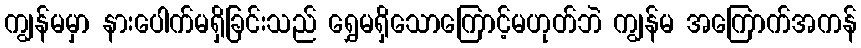
ကျွန်မမှာ နားပေါက်မရှိခြင်းသည် ရွှေမရှိသောကြောင့်မဟုတ်ဘဲ ကျွန်မ အကြောက်အကန်